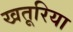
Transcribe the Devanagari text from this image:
खतूरिया